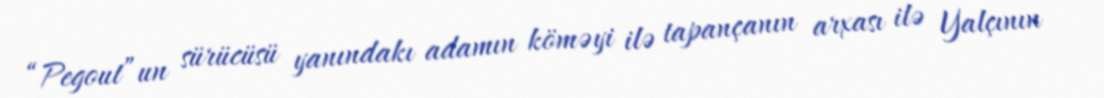
“Pegout”un sürücüsü yanındakı adamın köməyi ilə tapançanın arxası ilə Yalçının